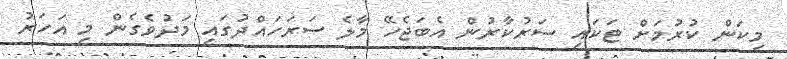
މިކަން ކުރުމަށް ޓަކައި ސަރުކާރުން އެބަޖެހޭ މާލެ ސަރަހައްދުގައި މަދުވެގެން މި އަަހަރު